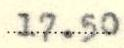
17.50